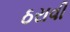
ઠરાવી